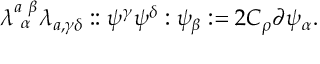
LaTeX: \lambda _ { ~ \alpha } ^ { a ~ \beta } \lambda _ { a , \gamma \delta } : : \psi ^ { \gamma } \psi ^ { \delta } : \psi _ { \beta } : = 2 C _ { \rho } \partial \psi _ { \alpha } .